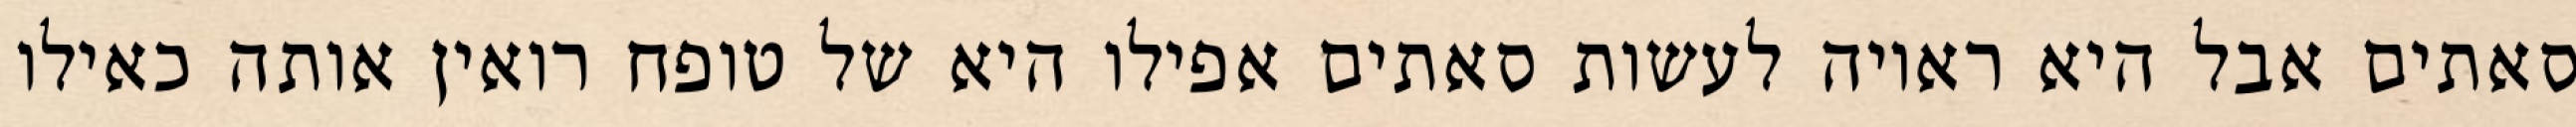
סאתים אבל היא ראויה לעשות סאתים אפילו היא של טופח רואין אותה כאילו